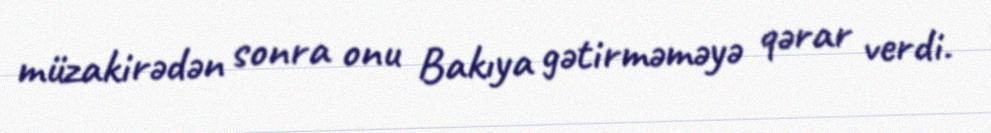
müzakirədən sonra onu Bakıya gətirməməyə qərar verdi.